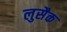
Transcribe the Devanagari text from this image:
लुसैक